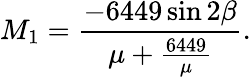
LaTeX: M_{1}=\frac{-6449\sin 2\beta}{\mu+\frac{6449}{\mu}}.